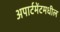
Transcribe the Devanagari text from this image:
अपार्टमेंटमधील